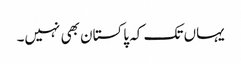
یہاں تک کہ پاکستان بھی نہیں۔